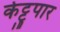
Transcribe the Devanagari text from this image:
केट्टुपार